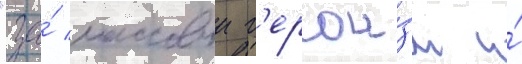
"за́ массовыи г'ерои́зм и́